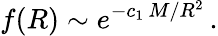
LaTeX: f(R)\sim e^{-c_{1}\, M/R^{2}}\, .